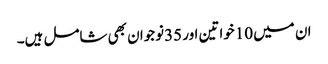
ان میں 10خواتین اور 35نوجوان بھی شامل ہیں۔